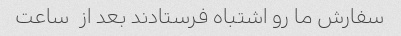
سفارش ما رو اشتباه فرستادند بعد از  ساعت